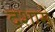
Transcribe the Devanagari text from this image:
दशामें